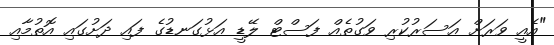
"އެއީ ވަރަށް އަސަރުކުރި ވަގުތެއް ފަސްޓް ލޭޑީ އަޅުގަނޑުގެ ފައި ދަށުގައި އޮތުމާއި